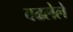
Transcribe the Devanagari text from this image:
वढलेले